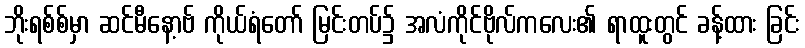
ဘိုးရစ်စ်မှာ ဆင်မီနော့ဗ် ကိုယ်ရံတော် မြင်းတပ်၌ အလံကိုင်ဗိုလ်ကလေး၏ ရာထူးတွင် ခန့်ထား ခြင်း